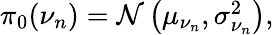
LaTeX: \begin{array}{r}{\pi_{0}(\nu_{n})=\mathcal{N}\left(\mu_{\nu_{n}},\sigma_{\nu_{n}}^{2}\right),}\end{array}